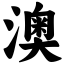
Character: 澳